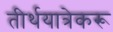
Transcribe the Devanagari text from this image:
तीर्थयात्रेकरू